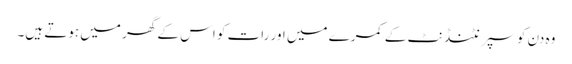
وہ دن کو سپرنٹنڈنٹ کے کمرے میں اور رات کو اس کے گھر میں ہوتے ہیں۔